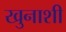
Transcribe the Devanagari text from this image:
खुनाशी